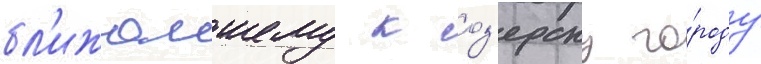
бл'ижаишему к оз'ерску го́роду